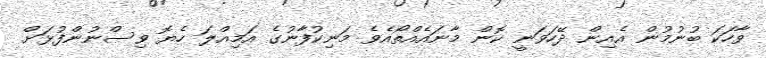
ވާހަކަ ބުނުމުން އެއިން ދޭހަވަނީ ކޮން މާނައެއްތޯއެވެ މަނިކުފާނުގެ އަމިއްލަ ހެޔޮ ވިސްނުންފުޅަށް